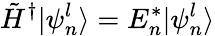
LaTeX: \tilde{H}^{\dagger}|\psi_{n}^{l}\rangle=E_{n}^{\ast}|\psi_{n}^{l}\rangle